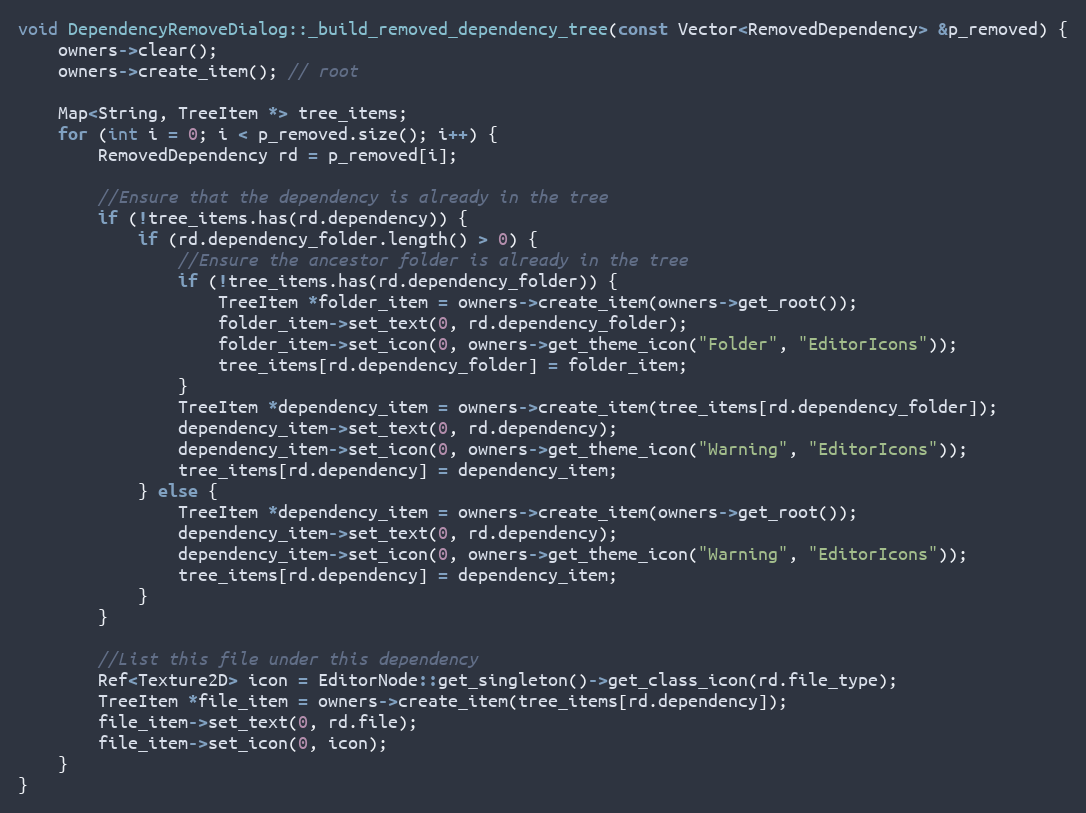
Language: C++
void DependencyRemoveDialog::_build_removed_dependency_tree(const Vector<RemovedDependency> &p_removed) {
	owners->clear();
	owners->create_item(); // root

	Map<String, TreeItem *> tree_items;
	for (int i = 0; i < p_removed.size(); i++) {
		RemovedDependency rd = p_removed[i];

		//Ensure that the dependency is already in the tree
		if (!tree_items.has(rd.dependency)) {
			if (rd.dependency_folder.length() > 0) {
				//Ensure the ancestor folder is already in the tree
				if (!tree_items.has(rd.dependency_folder)) {
					TreeItem *folder_item = owners->create_item(owners->get_root());
					folder_item->set_text(0, rd.dependency_folder);
					folder_item->set_icon(0, owners->get_theme_icon("Folder", "EditorIcons"));
					tree_items[rd.dependency_folder] = folder_item;
				}
				TreeItem *dependency_item = owners->create_item(tree_items[rd.dependency_folder]);
				dependency_item->set_text(0, rd.dependency);
				dependency_item->set_icon(0, owners->get_theme_icon("Warning", "EditorIcons"));
				tree_items[rd.dependency] = dependency_item;
			} else {
				TreeItem *dependency_item = owners->create_item(owners->get_root());
				dependency_item->set_text(0, rd.dependency);
				dependency_item->set_icon(0, owners->get_theme_icon("Warning", "EditorIcons"));
				tree_items[rd.dependency] = dependency_item;
			}
		}

		//List this file under this dependency
		Ref<Texture2D> icon = EditorNode::get_singleton()->get_class_icon(rd.file_type);
		TreeItem *file_item = owners->create_item(tree_items[rd.dependency]);
		file_item->set_text(0, rd.file);
		file_item->set_icon(0, icon);
	}
}